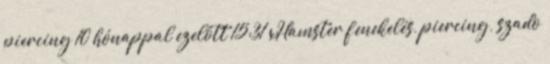
piercing 10 hónappal ezelőtt 15:31 xHamster fenekelés, piercing, szado